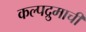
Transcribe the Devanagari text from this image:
कल्पद्रुमाचीं